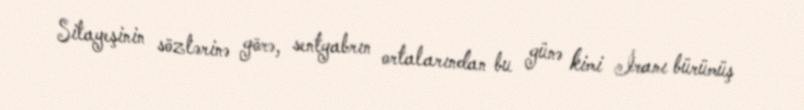
Sitayeşinin sözlərinə görə, sentyabrın ortalarından bu günə kimi İranı bürümüş